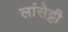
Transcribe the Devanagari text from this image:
लांसेट्टी